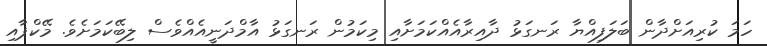
ހަމަ ކުރިއަށްދާން ބަލަފިއްޔާ ރަނގަޅު ދާއިރާއެއްކަމަށާއި މިކަމުން ރަނގަޅު އާމްދަނީއެއްވެސް ލިބޭކަމަށެވެ. މޭކްޕާއި